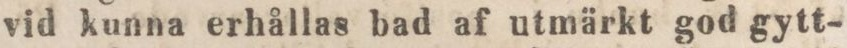
vid kunna erhållas bad af utmärkt god gytt-